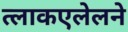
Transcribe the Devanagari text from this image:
त्लाकएलेलने